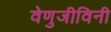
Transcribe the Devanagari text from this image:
वेणुजीविनी